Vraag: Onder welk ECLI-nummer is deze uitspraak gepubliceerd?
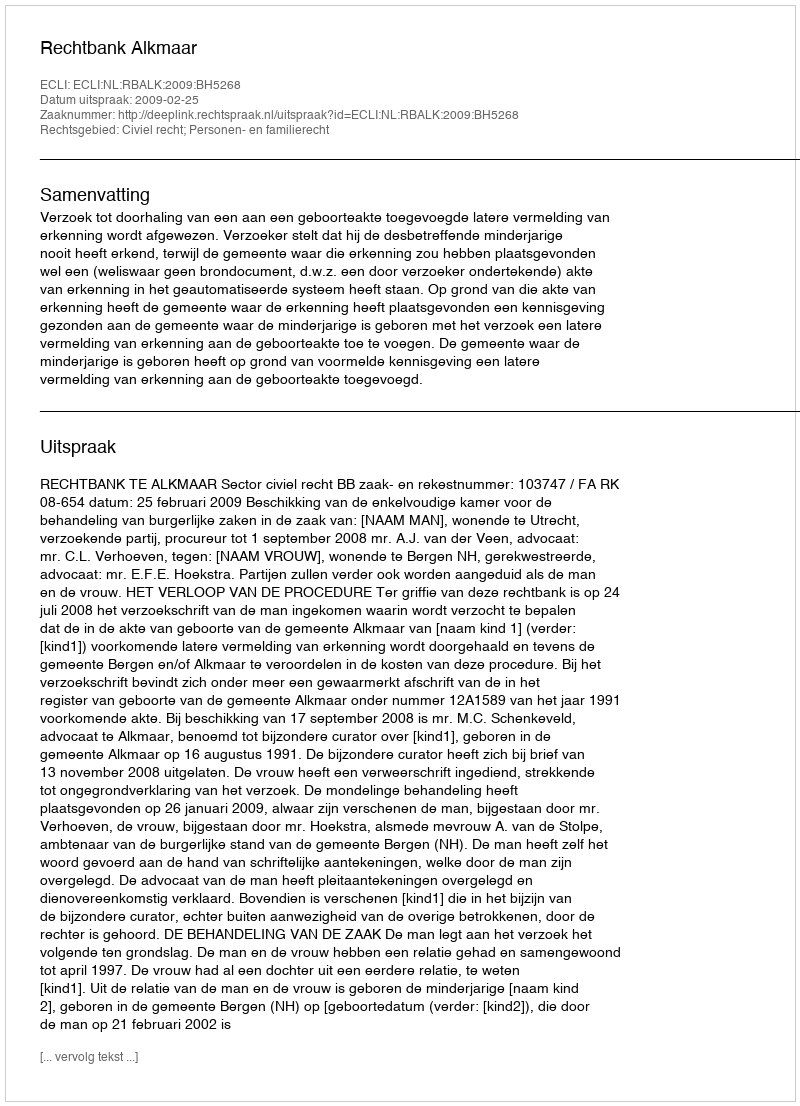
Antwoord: ECLI:NL:RBALK:2009:BH5268